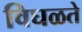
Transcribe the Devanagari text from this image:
विघळते